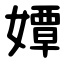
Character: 㜤